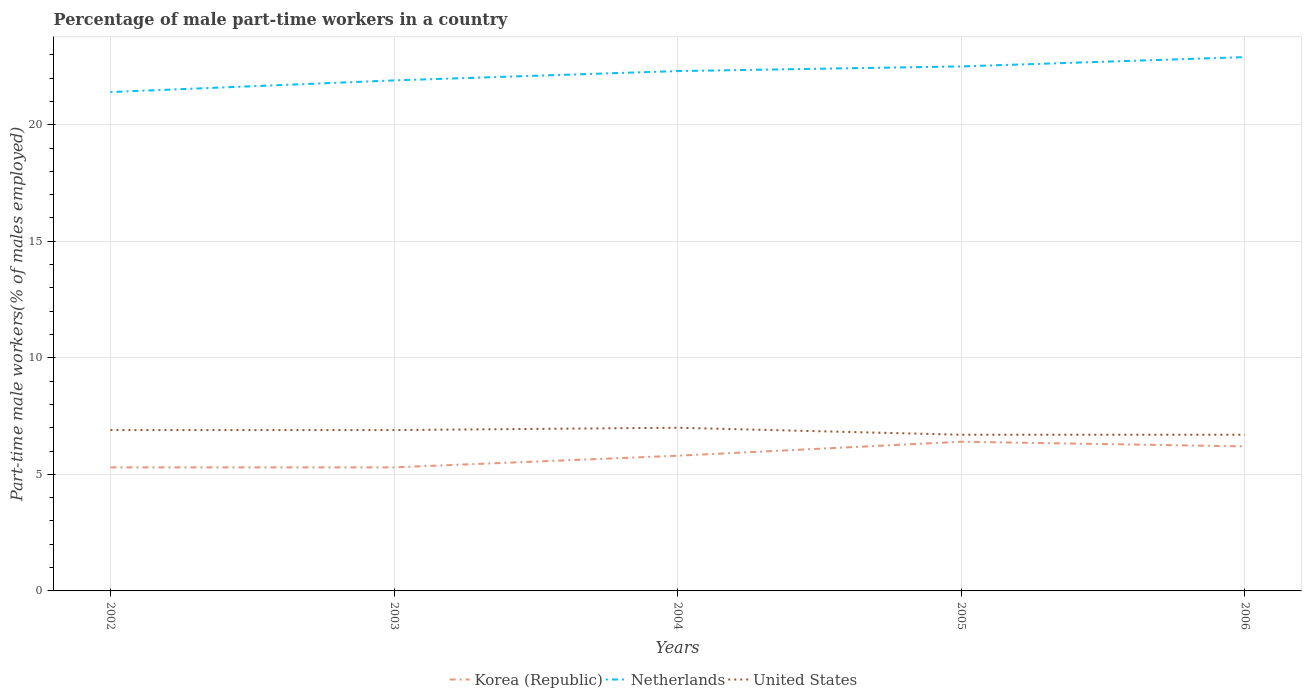
| Years | Korea (Republic) | Netherlands | United States |
 | --- | --- | --- | --- |
 | 2002 | 5.3 | 21.4 | 6.9 |
 | 2003 | 5.3 | 21.9 | 6.9 |
 | 2004 | 5.8 | 22.3 | 7 |
 | 2005 | 6.4 | 22.5 | 6.7 |
 | 2006 | 6.2 | 22.9 | 6.7 |